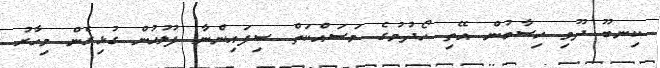
ކިނބޫ ދޫވި ހިސާބުން އޭތި ހޯދުމުގެ މަސައްކަތް ސިފައިންނާ ފުލުހުން ގުޅިގެން މިހާރު